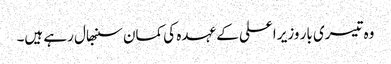
وہ تیسری بار وزیر اعلی کے عہدہ کی کمان سنبھال رہے ہیں۔